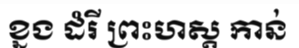
ខ្នង ដំរី ព្រះហស្ត កាន់